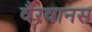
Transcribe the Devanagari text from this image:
वैरवानस